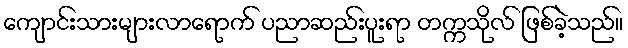
ကျောင်းသားများလာရောက် ပညာဆည်းပူးရာ တက္ကသိုလ် ဖြစ်ခဲ့သည်။